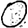
Digit: 0